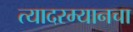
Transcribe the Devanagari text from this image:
त्यादरम्यानचा